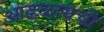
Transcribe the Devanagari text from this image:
आढळायची